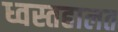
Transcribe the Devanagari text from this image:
ध्वस्तहालत